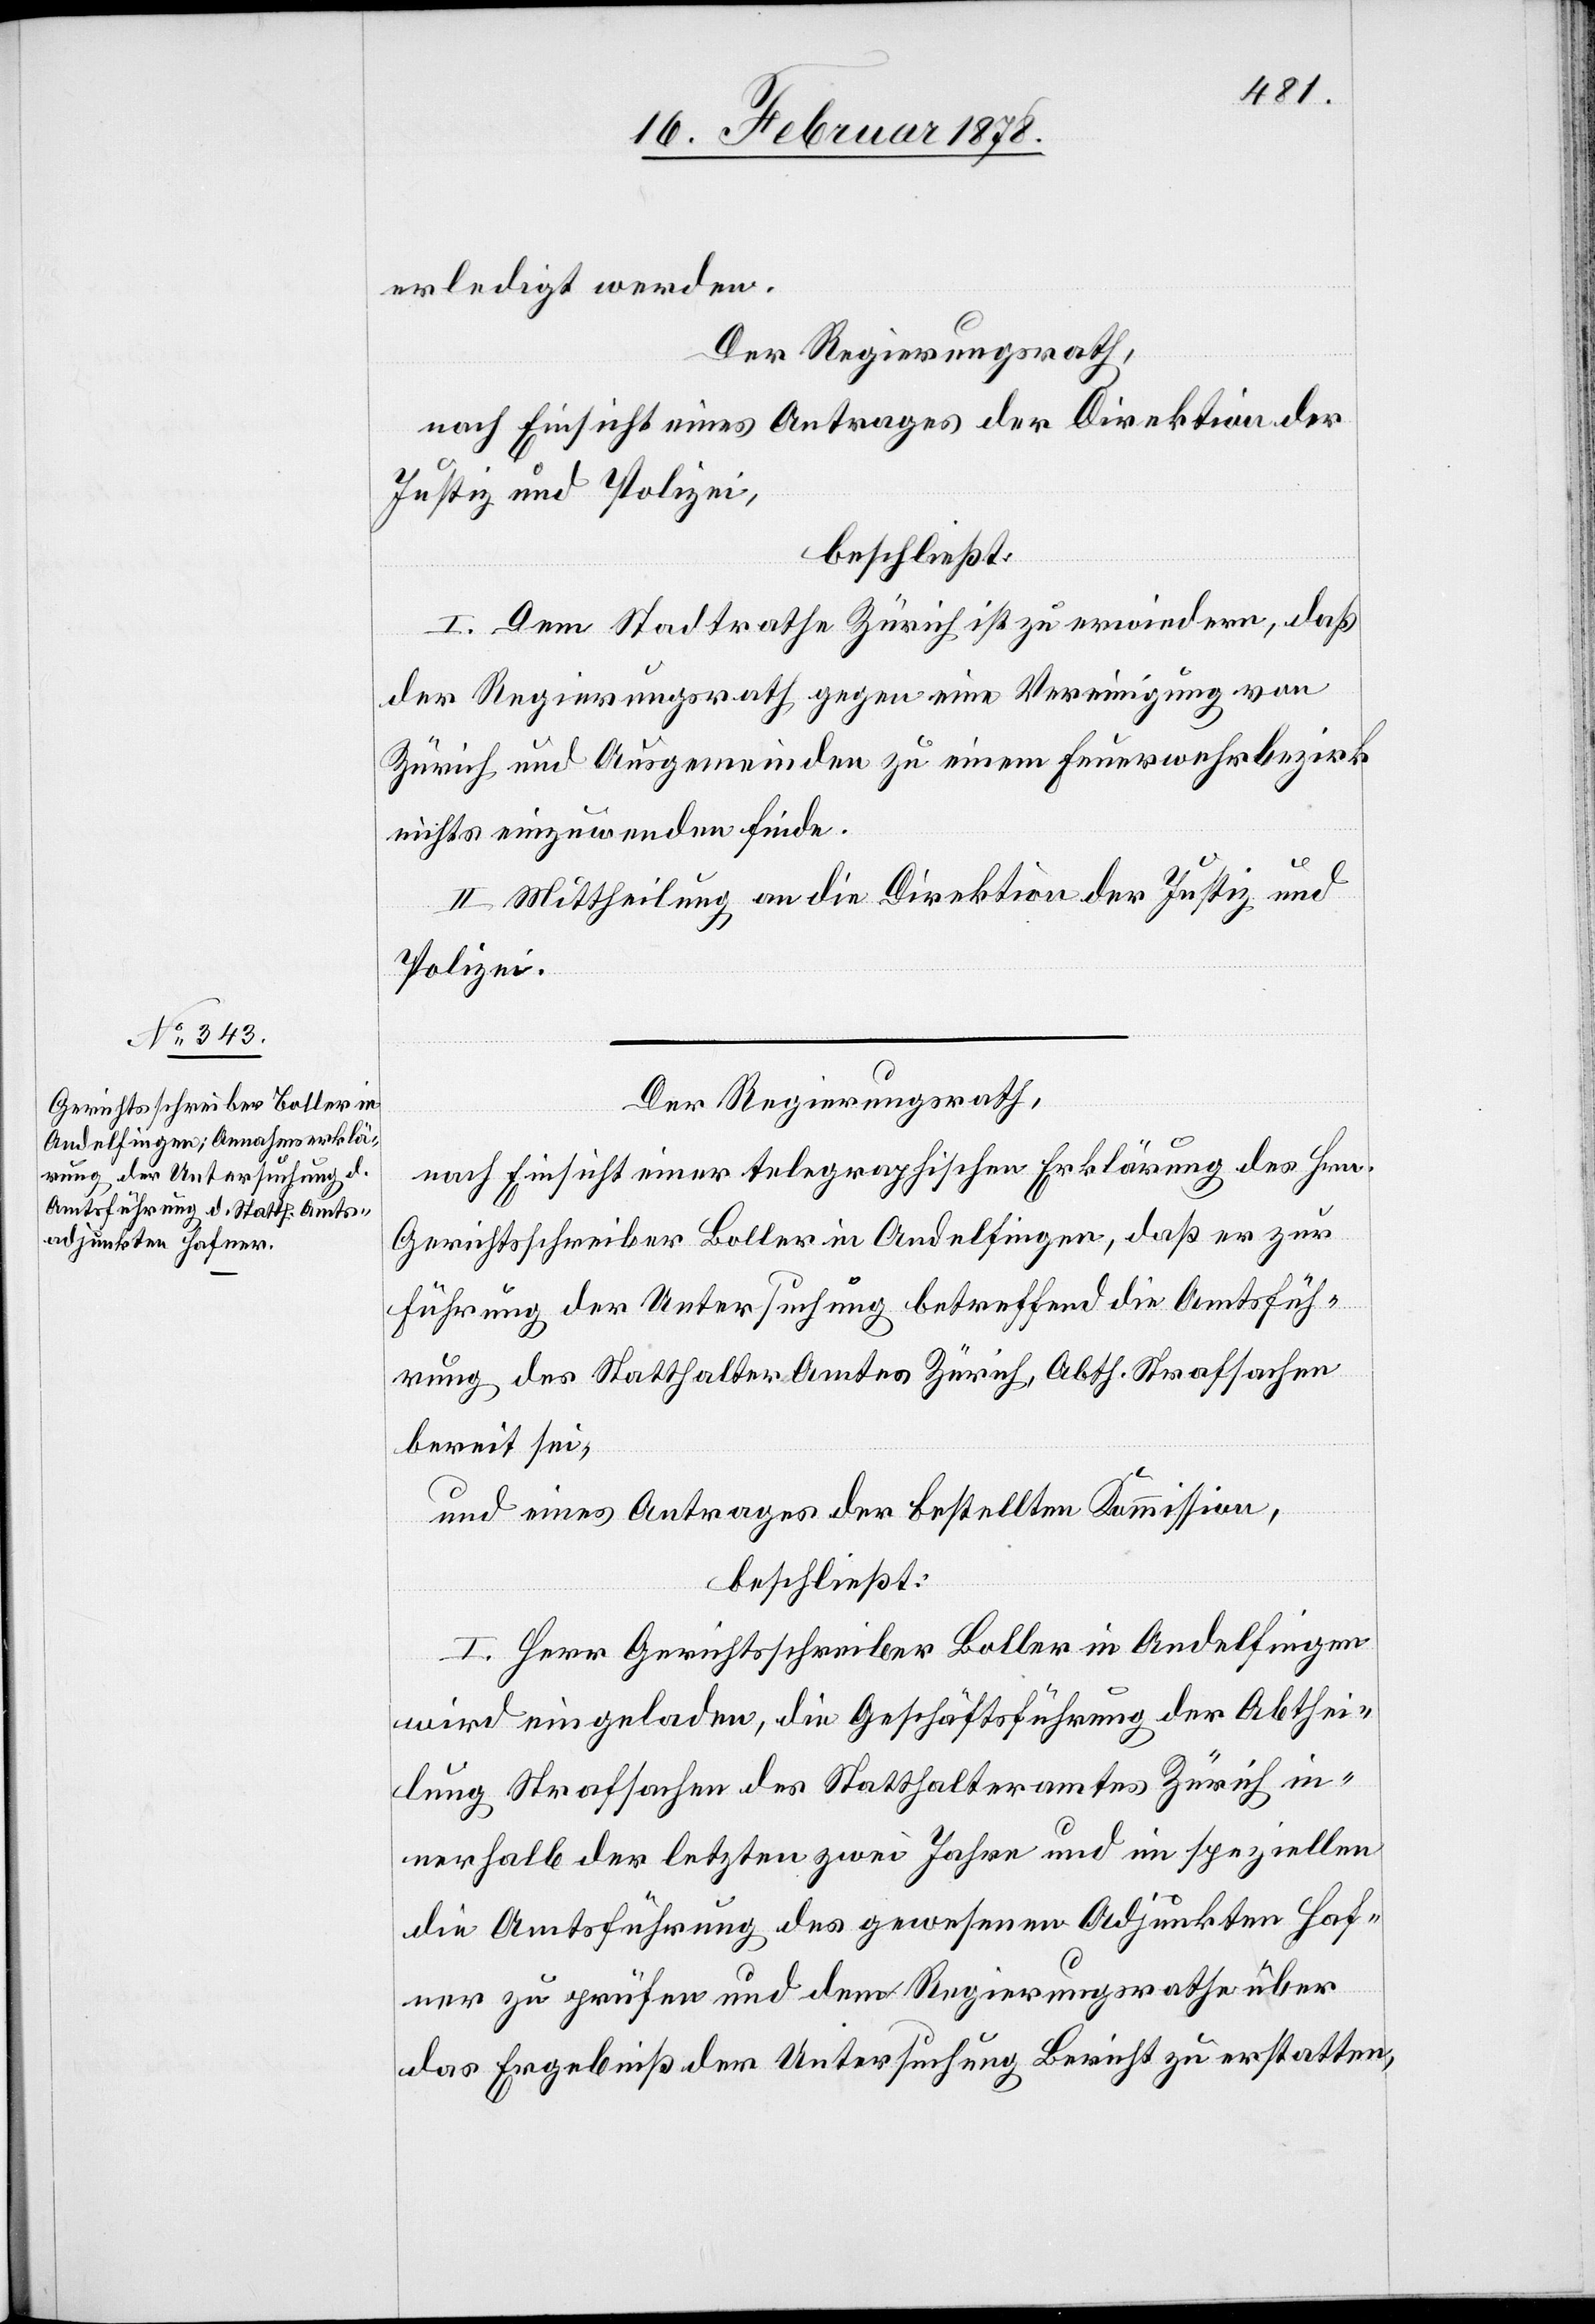
erledigt werden.
Der Regierungsrath,
nach Einsicht eines Antrages der Direktion der
Justiz und Polizei,
beschließt:
I. Dem Stadtrathe Zürich ist zu erwiedern, daß
der Regierungsrath gegen eine Vereinigung von
Zürich und Ausgemeinden zu einem Feuerwehrbezirk
nichts einzuwenden finde.
II. Mittheilung an die Direktion der Justiz und
Polizei.
Der Regierungsrath,
nach Einsicht einer telegraphischen Erklärung des Hrn.
Gerichtsschreiber Boller in Andelfingen, daß er zur
Führung der Untersuchung betreffend die Amtsfüh¬
rung des Statthalteramtes Zürich, Abth. Strafsachen
bereit sei,
und eines Antrages der bestellten Kommission,
beschließt:
I. Herr Gerichtsschreiber Boller in Andelfingen
wird eingeladen, die Geschäftsführung der Abthei¬
lung Strafsachen des Statthalteramtes Zürich in¬
nerhalb der letzten zwei Jahre und im speziellen
die Amtsführung des gewesenen Adjunkten Haf¬
ner zu prüfen und dem Regierungsrathe über
das Ergebniß der Untersuchung Bericht zu erstatten,